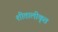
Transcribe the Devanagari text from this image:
शीतालीकृत